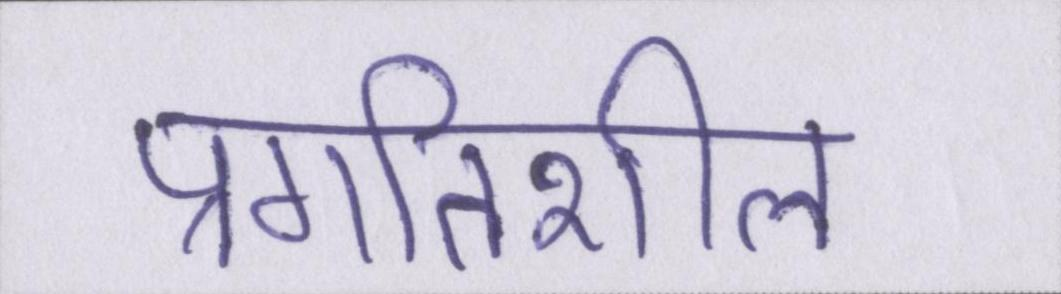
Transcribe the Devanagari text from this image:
प्रगतिशील